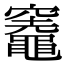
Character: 𥩋